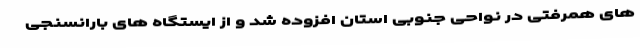
های همرفتی در نواحی جنوبی استان افزوده شد و از ایستگاه های بارانسنجی